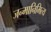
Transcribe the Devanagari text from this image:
जन्मानिमित्य